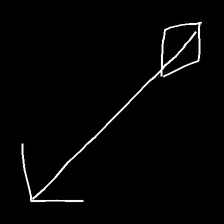
Glyph: focus